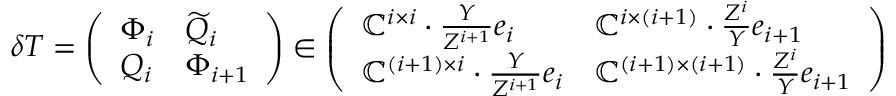
\delta T = \left( \begin{array} { l l } { \Phi _ { i } } & { \widetilde { Q } _ { i } } \\ { Q _ { i } } & { \Phi _ { i + 1 } } \end{array} \right) \in \left( \begin{array} { l l } { \mathbb { C } ^ { i \times i } \cdot \frac { Y } { Z ^ { i + 1 } } e _ { i } } & { \mathbb { C } ^ { i \times ( i + 1 ) } \cdot \frac { Z ^ { i } } { Y } e _ { i + 1 } } \\ { \mathbb { C } ^ { ( i + 1 ) \times i } \cdot \frac { Y } { Z ^ { i + 1 } } e _ { i } } & { \mathbb { C } ^ { ( i + 1 ) \times ( i + 1 ) } \cdot \frac { Z ^ { i } } { Y } e _ { i + 1 } } \end{array} \right)